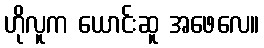
ဟိုလူက ယောင်းဆူ အဖေလေ။